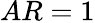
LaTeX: AR=1